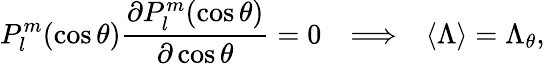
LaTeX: P_{l}^{m}(\cos\theta)\frac{\partial P_{l}^{m}(\cos\theta)}{\partial\cos\theta}=0~~~\Longrightarrow~~~{\langle\Lambda\rangle}=\Lambda_{\theta},